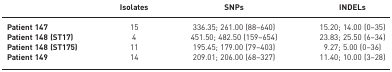
<table><thead><tr><td></td><td><b>Isolates</b></td><td><b>SNPs</b></td><td><b>INDELs</b></td></tr></thead><tbody><tr><td><b>Patient 147</b></td><td>15</td><td>336.35; 261.00 (88–640)</td><td>15.20; 14.00 (0–35)</td></tr><tr><td><b>Patient 148 (ST17)</b></td><td>4</td><td>451.50; 482.50 (159–654)</td><td>23.83; 25.50 (6–34)</td></tr><tr><td><b>Patient 148 (ST175)</b></td><td>11</td><td>195.45; 179.00 (79–403)</td><td>9.27; 5.00 (0–36)</td></tr><tr><td><b>Patient 149</b></td><td>14</td><td>209.01; 206.00 (68–327)</td><td>11.40; 10.00 (3–28)</td></tr></tbody></table>